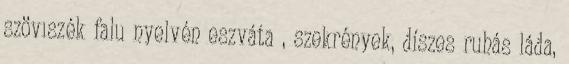
szövıszék falu nyelvén eszváta , szekrények, díszes ruhás láda,